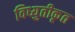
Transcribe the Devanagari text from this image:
विध्युतीकृत